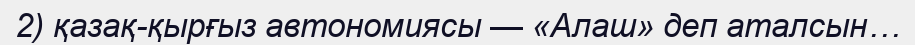
2) қазақ-қырғыз автономиясы — «Алаш» деп аталсын…